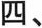
四、